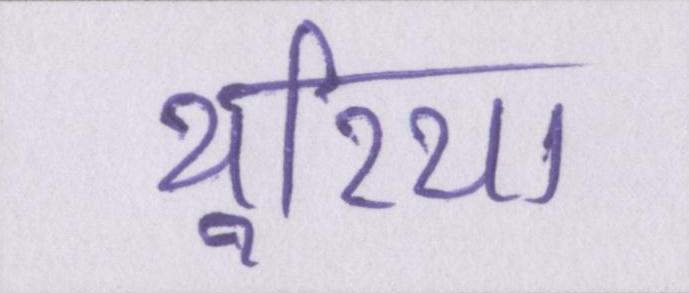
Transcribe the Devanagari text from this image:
यूरिया